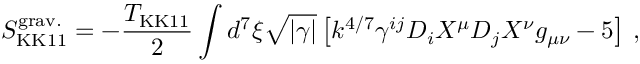
S _ { \mathrm { K K 1 1 } } ^ { \mathrm { g r a v . } } = - { \frac { T _ { \mathrm { K K 1 1 } } } { 2 } } \int d ^ { 7 } \xi \sqrt { | \gamma | } \left[ k ^ { 4 / 7 } \gamma ^ { i j } D _ { i } X ^ { \mu } D _ { j } X ^ { \nu } g _ { \mu \nu } - 5 \right] \, ,